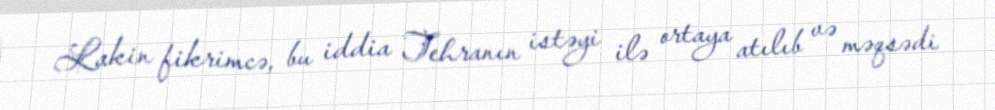
Lakin fikrimcə, bu iddia Tehranın istəyi ilə ortaya atılıb və məqsədi